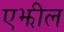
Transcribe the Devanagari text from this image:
एझील